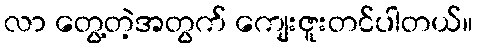
လာ တွေ့တဲ့အတွက် ကျေးဇူးတင်ပါတယ်။